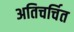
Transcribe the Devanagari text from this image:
अतिचर्चित